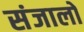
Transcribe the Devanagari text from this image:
संजालों